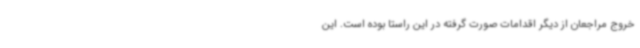
خروج مراجعان از دیگر اقدامات صورت گرفته در این راستا بوده است. این